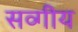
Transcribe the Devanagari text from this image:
सव्गीय